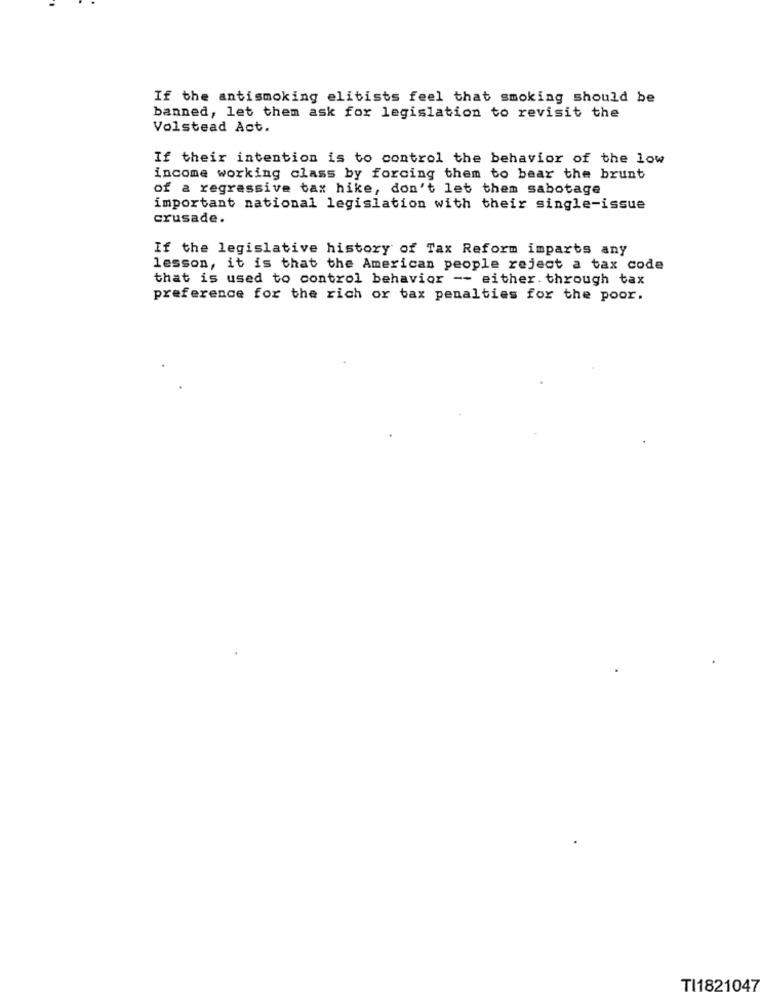
If the antismoking elitists feel that smoking should be
banned, let them ask for legislation to revisit the
Volstead Act.
If their intention is to control the behavior of the low
income working class by forcing them to bear the brunt
of a regressive tax hike, don't let them sabotage
important national legislation with their single-issue
crusade.
If the legislative history of Tax Reform imparts any
lesson, it is that the American people reject a tax code
that is used to control behavior -- either. through tax
preference for the rich or tax penalties for the poor.
TI1821047